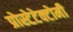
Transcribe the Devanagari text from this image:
प्रोस्टेटेक्टोमी